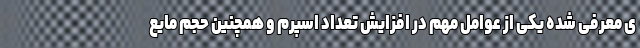
ی معرفی شده یکی از عوامل مهم در افزایش تعداد اسپرم و همچنین حجم مایع